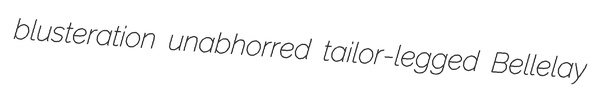
blusteration unabhorred tailor-legged Bellelay